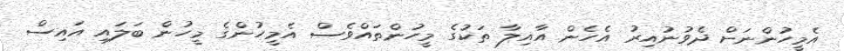
އެމީހުންނަށް ދެވުނުއިރު އެހެން އާއިލާ ތަކުގެ މީހުންތައްވެސް އެމީހުންގެ މީހުން ބަލައި އައިސް